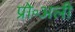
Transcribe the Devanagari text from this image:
प्रो॰अली